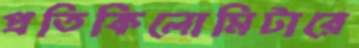
প্রতিকিলোমিটারে